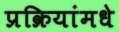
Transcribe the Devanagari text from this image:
प्रक्रियांमधे